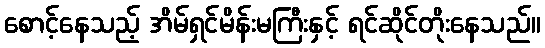
စောင့်နေသည့် အိမ်ရှင်မိန်းမကြီးနှင့် ရင်ဆိုင်တိုးနေသည်။